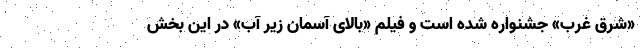
«شرقِ غرب» جشنواره شده است و فیلم «بالای آسمان زیر آب» در این بخش